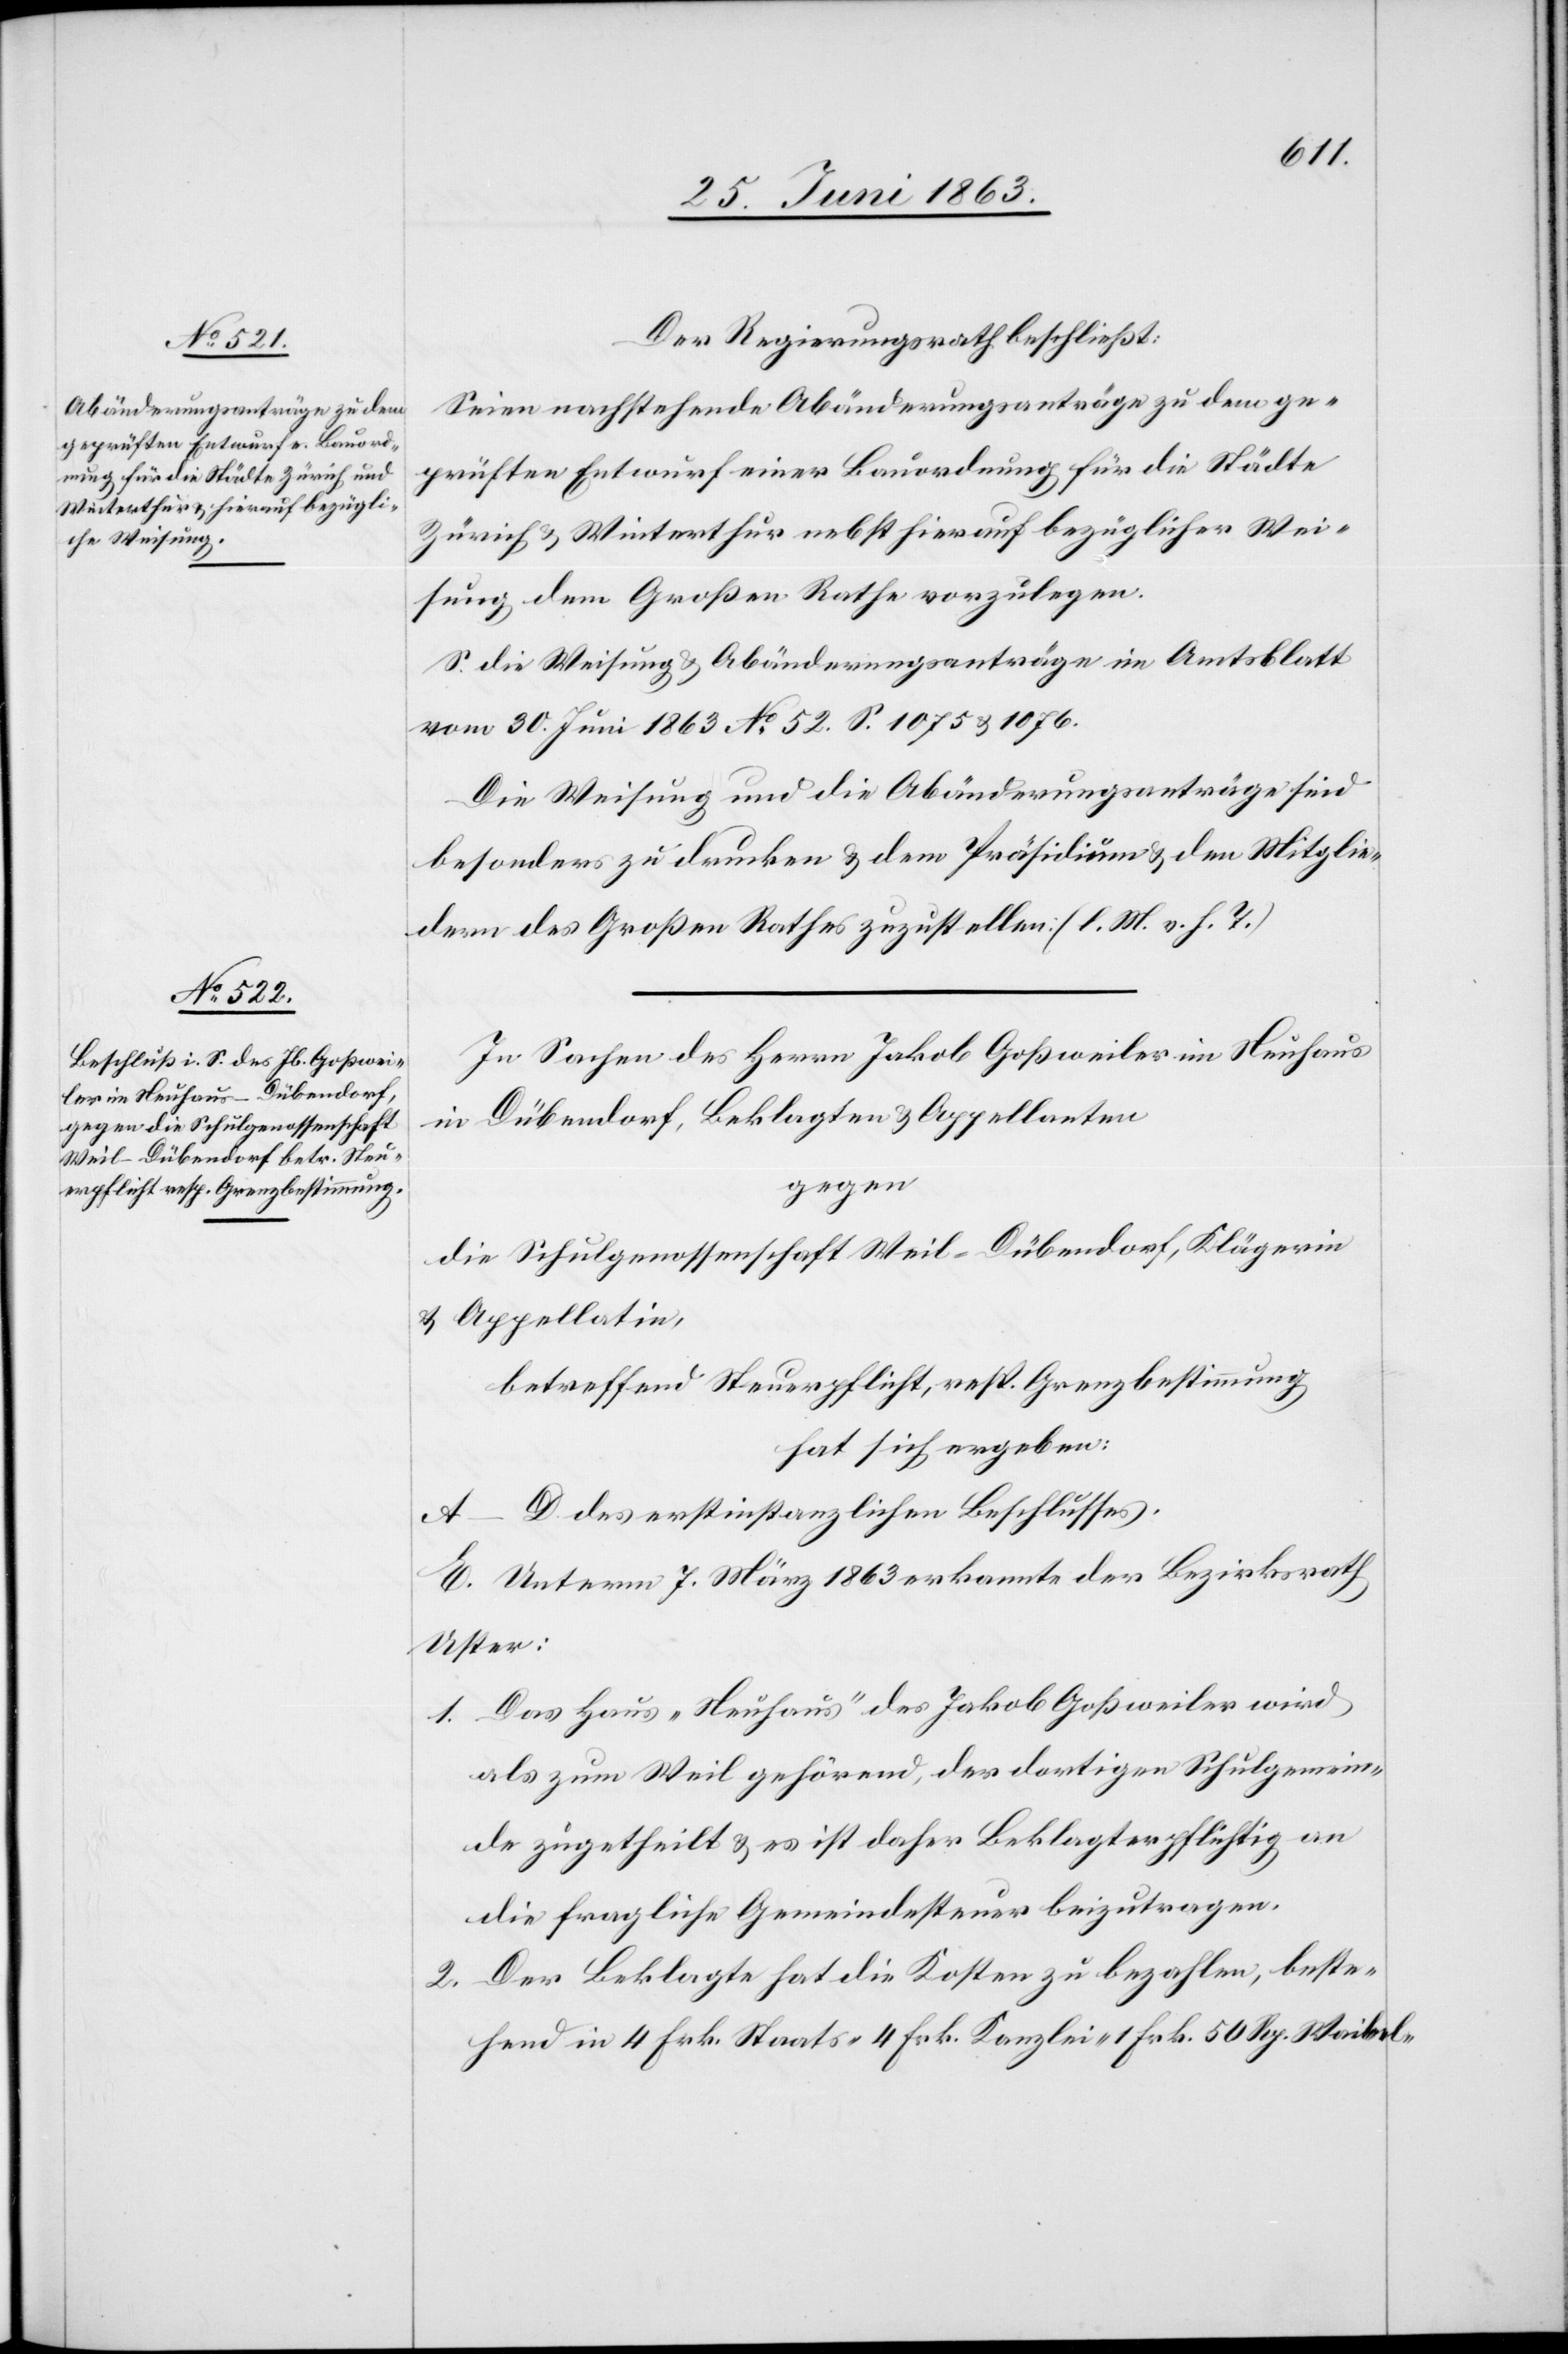
Der Regierungsrath beschließt:
Seien nachstehende Abänderungsanträge zu dem ge¬
prüften Entwurf einer Bauordnung für die Städte
Zürich & Winterthur nebst hierauf bezüglicher Wei¬
sung dem Großen Rathe vorzulegen.
S. die Weisung & Abänderungsanträge im Amtsblatt
vom 30. Juni 1863 No 52. S. 1075 & 1076.
Die Weisung und die Abänderungsanträge sind
besonders zu drucken & dem Präsidium & den Mitglie¬
dern des Großen Rathes zuzustellen. (l. M. v. h. T.)
In Sachen des Herrn Jakob Goßweiler im Neuhaus
in Dübendorf, Beklagten & Appellanten
gegen
die Schulgenossenschaft Weil-Dübendorf, Klägerin
& Appellatin,
betreffend Steuerpflicht, resp. Grenzbestimmung
hat sich ergeben:
A–D. des erstinstanzlichen Beschlusses.
E. Unterm 7. März 1863 erkannte der Bezirksrath
Uster:
1. Das Haus „Neuhaus“ des Jakob Goßweiler wird
als zum Weil gehörend, der dortigen Schulgemein¬
de zugetheilt & es ist daher Beklagter pflichtig an
die fragliche Gemeindesteuer beizutragen.
2. Der Beklagte hat die Kosten zu bezahlen, beste¬
hend in 4 Frk. Staats-[,] 4 Frk. Kanzlei-[,] 1 Frk. 50 Rp. Waibel-[,]